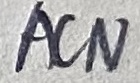
Text: ACN